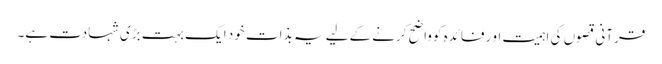
قرآنی قصوں کی اہمیت او رفائدہ کوواضح کرنے کےلیے یہ بذات خود ایک بہت بڑی شہادت ہے۔